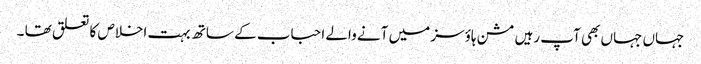
جہاں جہاں بھی آپ رہیں مشن ہاؤسز میں آنے والے احباب کے ساتھ بہت اخلاص کا تعلق تھا ۔